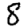
Digit: 8